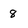
Character: 8